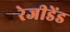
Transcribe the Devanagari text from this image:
रेजीडेंड